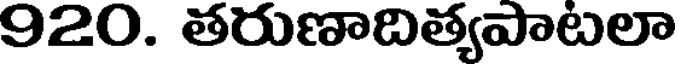
920. తరుణాదిత్యపాటలా